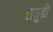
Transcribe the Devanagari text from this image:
शतुद्री